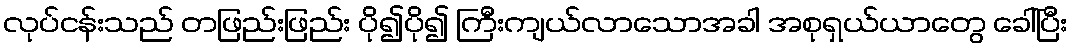
လုပ်ငန်းသည် တဖြည်းဖြည်း ပို၍ပို၍ ကြီးကျယ်လာသောအခါ အစုရှယ်ယာတွေ ခေါ်ပြီး